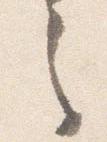
之